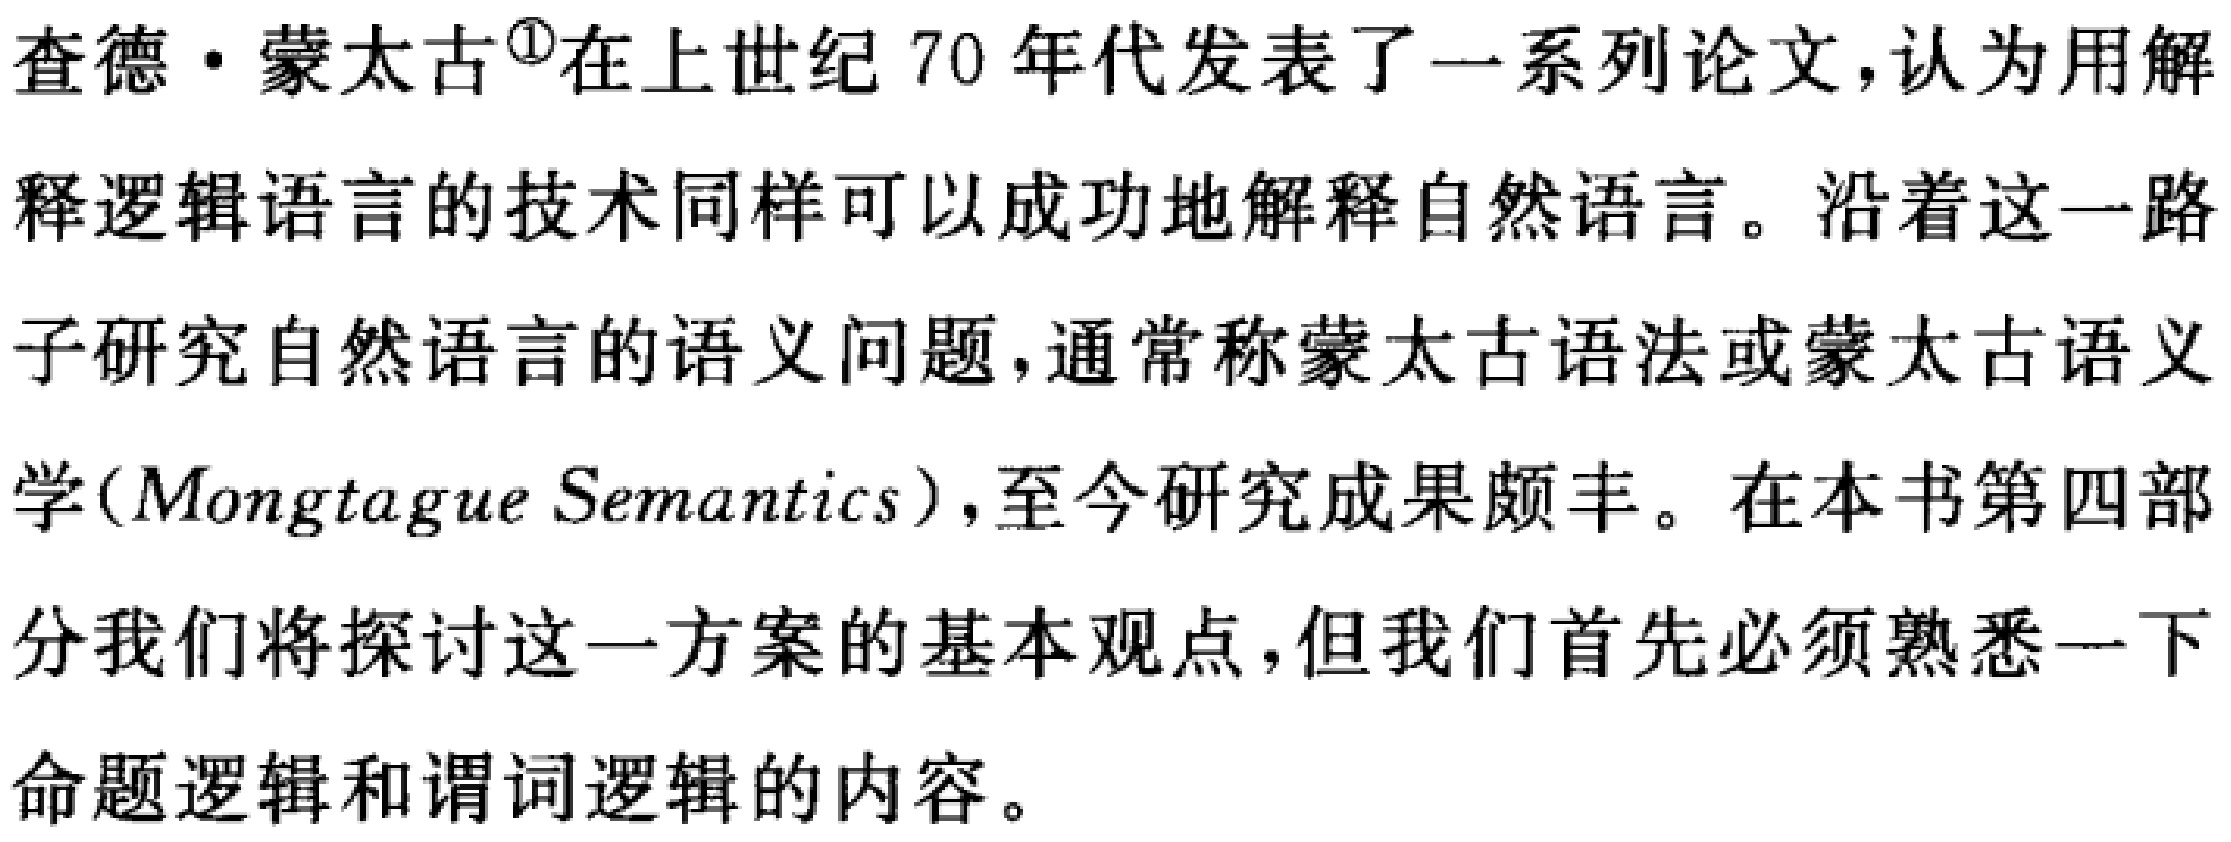
查德·蒙太古\textsuperscript{\textcircled{1}}在上世纪70年代发表了一系列论文，认为用解释逻辑语言的技术同样可以成功地解释自然语言。沿着这一路子研究自然语言的语义问题，通常称蒙太古语法或蒙太古语义学(Mongtague Semantics)，至今研究成果颇丰。在本书第四部分我们将探讨这一方案的基本观点，但我们首先必须熟悉一下命题逻辑和谓词逻辑的内容。